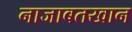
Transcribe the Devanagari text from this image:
नाजाबतखान